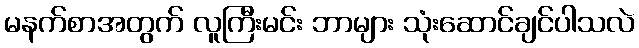
မနက်စာအတွက် လူကြီးမင်း ဘာများ သုံးဆောင်ချင်ပါသလဲ